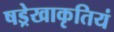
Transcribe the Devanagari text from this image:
षड्रेखाकृतियं